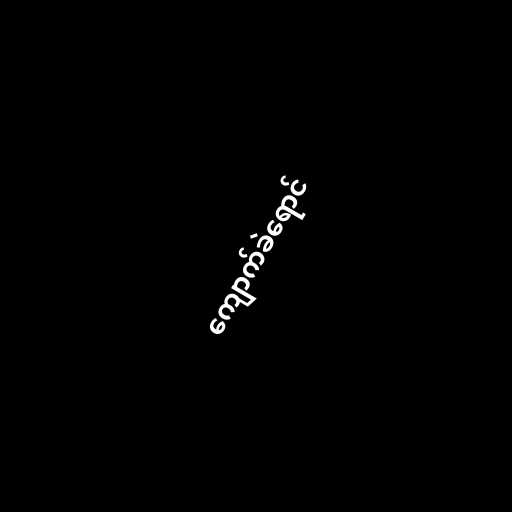
ကျောက်ခဲရောင်